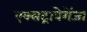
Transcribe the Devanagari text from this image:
एक्सट्रावेगेंजा